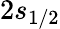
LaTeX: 2s_{1/2}